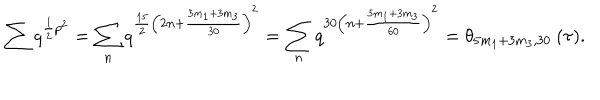
\sum q ^ { \frac { 1 } { 2 } p ^ { 2 } } = \sum _ { n } q ^ { \frac { 1 5 } { 2 } \left( 2 n + \frac { 5 m _ { 1 } + 3 m _ { 3 } } { 3 0 } \right) ^ { 2 } } = \sum _ { n } q ^ { 3 0 \left( n + \frac { 5 m _ { 1 } + 3 m _ { 3 } } { 6 0 } \right) ^ { 2 } } = \theta _ { 5 m _ { 1 } + 3 m _ { 3 } , 3 0 } \: ( \tau ) .